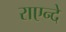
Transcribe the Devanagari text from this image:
राएन्दे